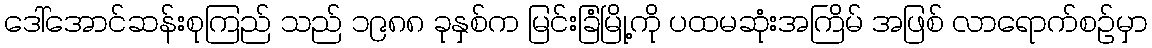
ဒေါ်အောင်ဆန်းစုကြည် သည် ၁၉၈၈ ခုနှစ်က မြင်းခြံမြို့ကို ပထမဆုံးအကြိမ် အဖြစ် လာရောက်စဉ်မှာ